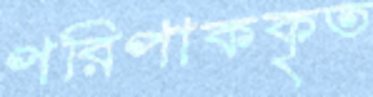
পরিপাককৃত